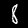
Digit: 8